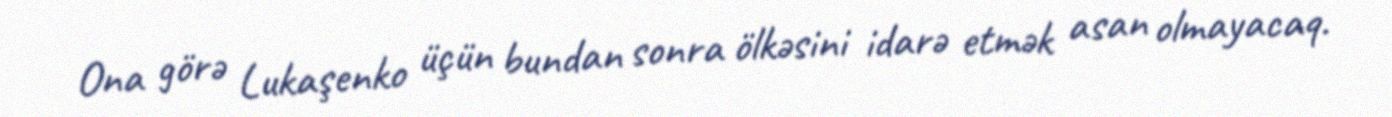
Ona görə Lukaşenko üçün bundan sonra ölkəsini idarə etmək asan olmayacaq.